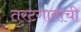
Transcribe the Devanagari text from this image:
तरटगावाची